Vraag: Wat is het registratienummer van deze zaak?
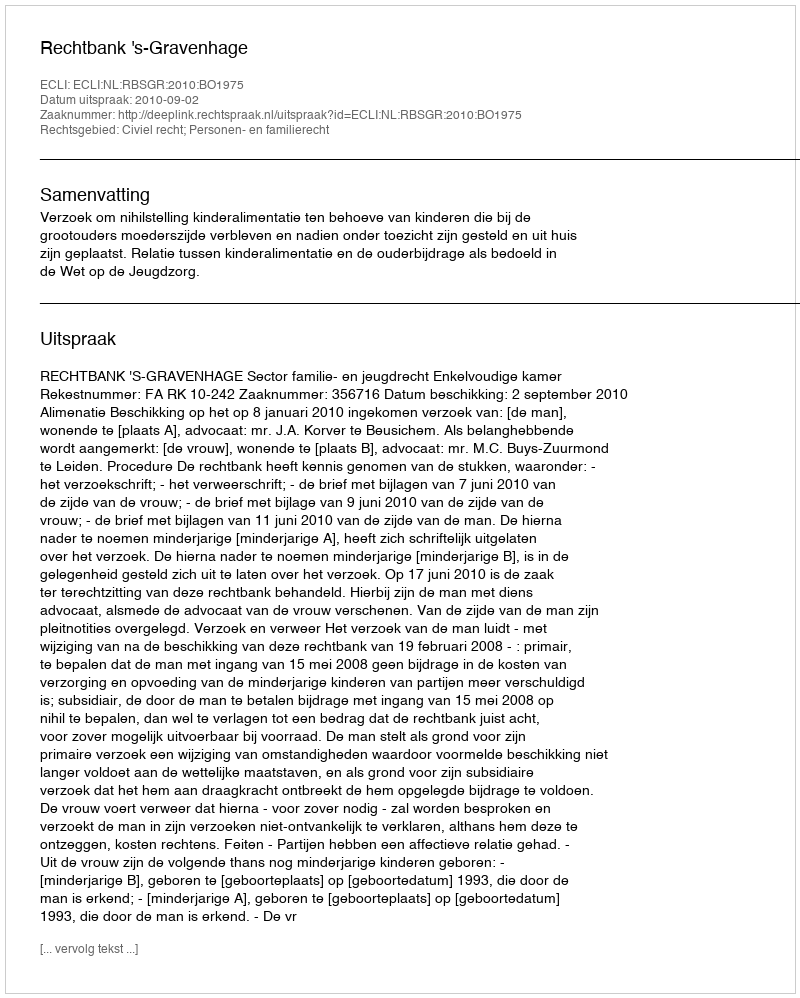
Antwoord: http://deeplink.rechtspraak.nl/uitspraak?id=ECLI:NL:RBSGR:2010:BO1975